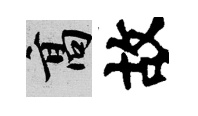
高故